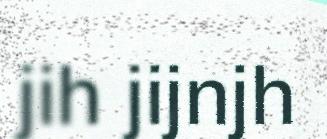
jih jijnjh